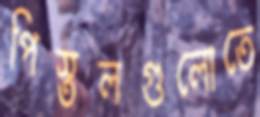
পিস্তলগুলোতে